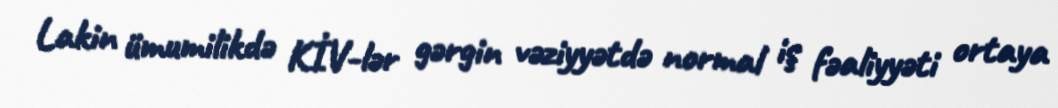
Lakin ümumilikdə KİV-lər gərgin vəziyyətdə normal iş fəaliyyəti ortaya